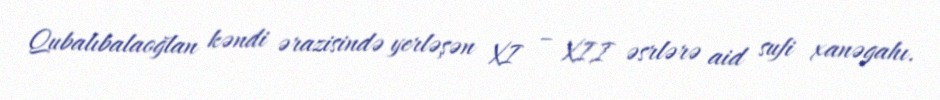
Qubalıbalaoğlan kəndi ərazisində yerləşən XI – XII əsrlərə aid sufi xanəgahı.